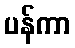
ပန်ကာ